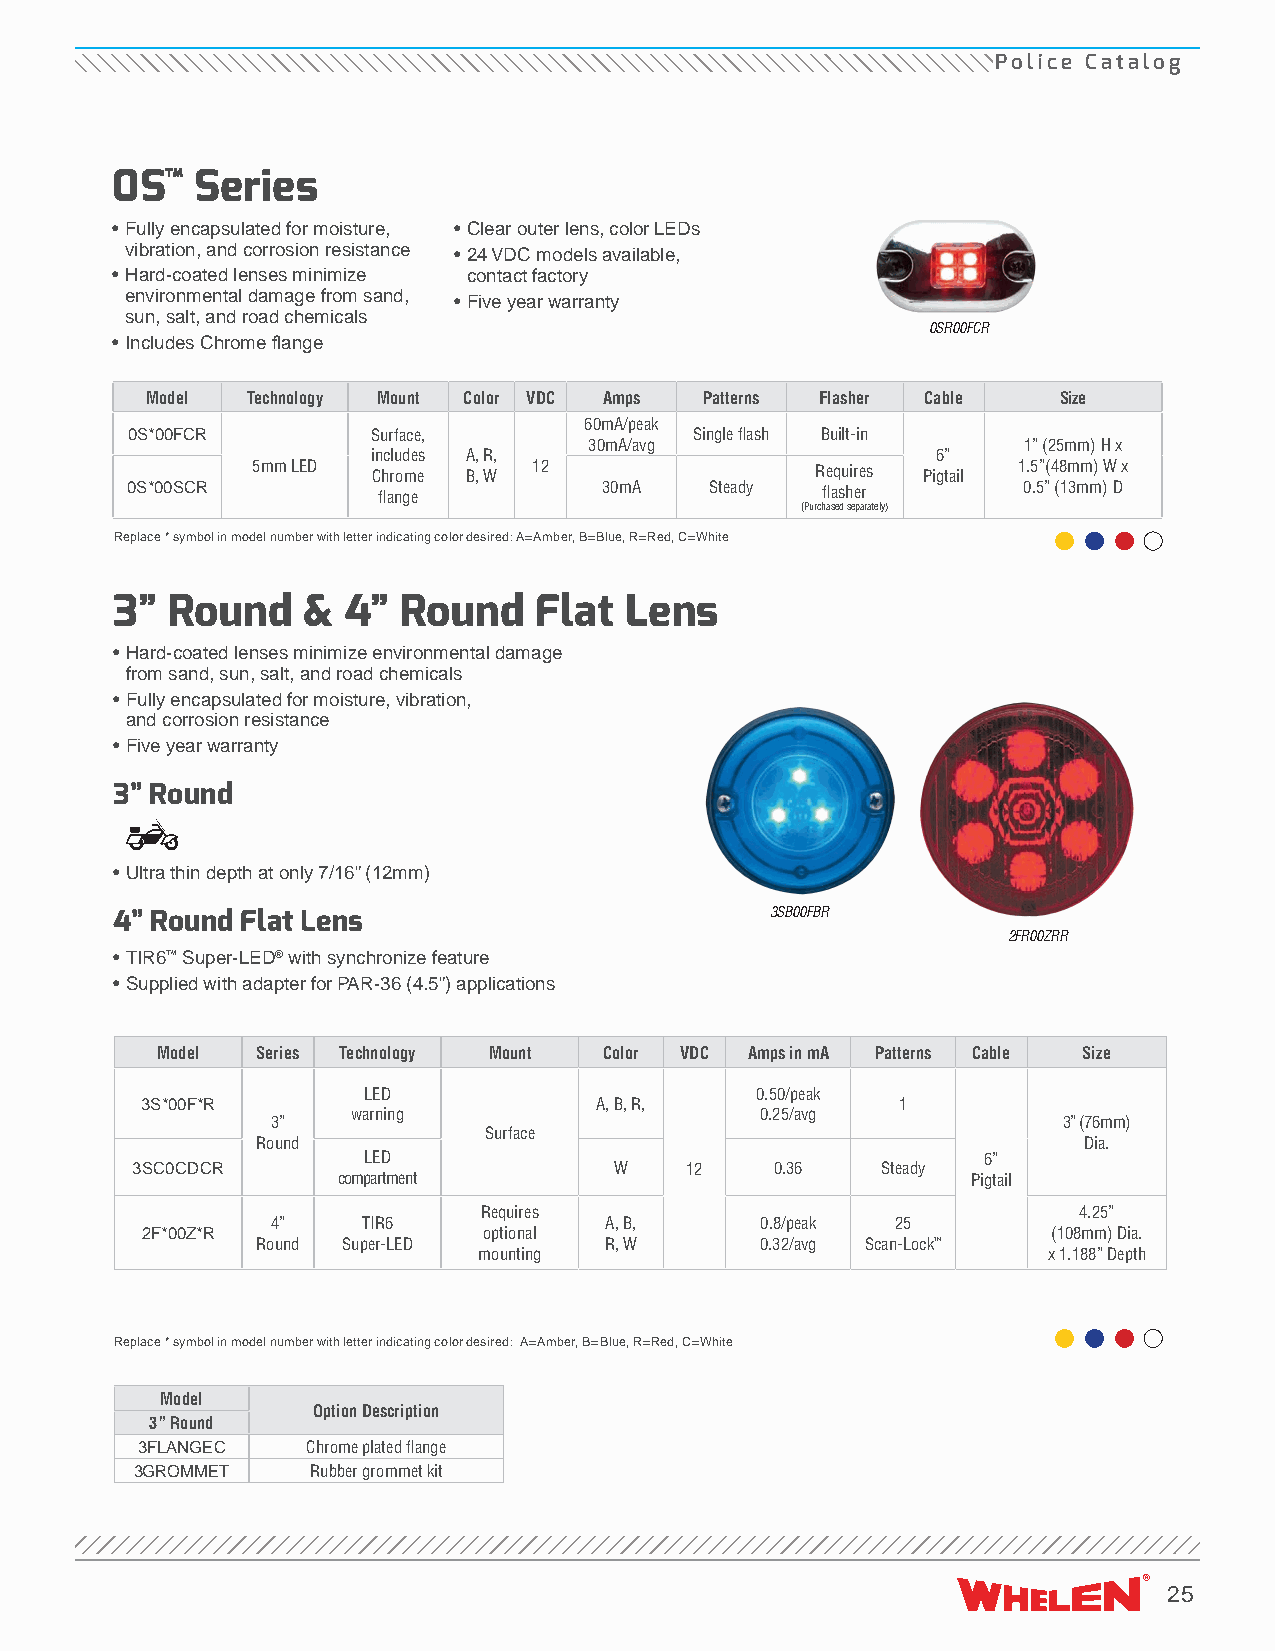
Police Catalog
 0S™   Series
 • Fully encapsulated for moisture, • Clear outer lens, color LEDs
 vibration, and corrosion resistance • 24 VDC models available,
 • Hard-coated lenses minimize contact factory
 environmental damage from sand, • Five year warranty
 sun, salt, and road chemicals
 0SR00FCR
 • Includes Chrome flange
 Model Technology Mount Color VDC Amps Patterns Flasher Cable Size
 60mA/peak
 0S*00FCR         Surface,             Single flash Built-in
 30mA/avg                     1” (25mm) H x
 includes A, R,                       6”
 5mm LED Chrome B, W 12               Requires Pigtail 1.5”(48mm) W x
 0S*00SCR         flange         30mA   Steady flasher       0.5” (13mm) D
 (Purchased separately)
 Replace * symbol in model number with letter indicating color desired: A=Amber, B=Blue, R=Red, C=White
 3”  Round    &  4” Round    Flat  Lens
 • Hard-coated lenses minimize environmental damage
 from sand, sun, salt, and road chemicals
 • Fully encapsulated for moisture, vibration,
 and corrosion resistance
 • Five year warranty
 3” Round
 • Ultra thin depth at only 7/16” (12mm)
 4” Round Flat Lens                          3SB00FBR
 2FR00ZRR
 • TIR6™ Super-LED® with synchronize feature
 • Supplied with adapter for PAR-36 (4.5”) applications
 Model  Series Technology Mount Color VDC Amps in mA Patterns Cable Size
 LED                       0.50/peak
 3S*00F*R                      A, B, R,             1
 warning                    0.25/avg
 3”                                                  3” (76mm)
 Surface
 Round                                                  Dia.
 LED                                      6”
 3SC0CDCR                        W   12    0.36   Steady
 compartment                               Pigtail
 Requires                               4.25”
 4”    TIR6            A, B,     0.8/peak 25
 2F*00Z*R               optional                              (108mm) Dia.
 Round Super-LED        R, W      0.32/avg Scan-Lock™
 mounting                             x 1.188” Depth
 Replace * symbol in model number with letter indicating color desired: A=Amber, B=Blue, R=Red, C=White
 Model
 Option Description
 3” Round
 3FLANGEC   Chrome plated flange
 3GROMMET    Rubber grommet kit
 25